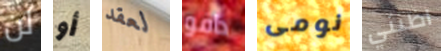
لن أو لعقد دافو نومى اظنني